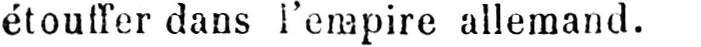
étouffer dans l’empire allemand.